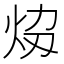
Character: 𤇎